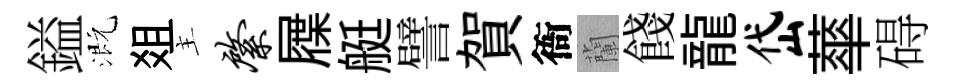
鎰溉爼主綮屧艇譬賀衙蘭餞龍岱蕐碍